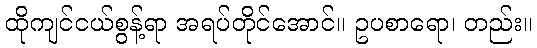
ထိုကျင်ငယ်စွန့်ရာ အရပ်တိုင်အောင်။ ဥပစာရော၊ တည်း။